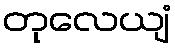
တုလေယျံ